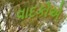
વાદકોએ